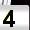
Digit: 4